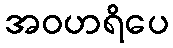
အဝဟရိပေ